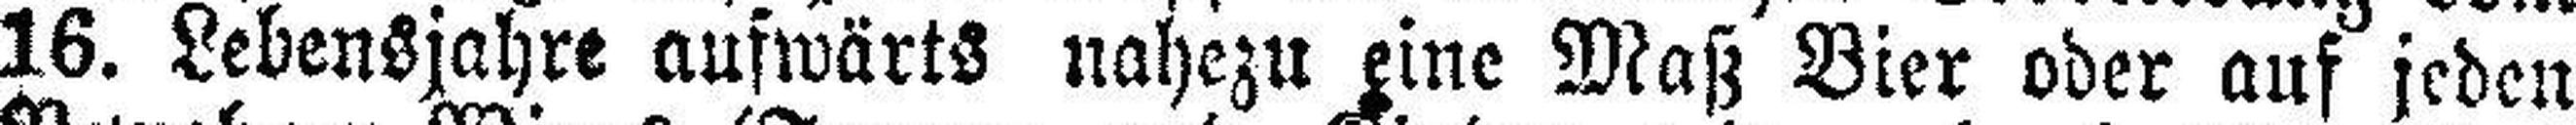
16. Lebensjahre aufwärts nahezu eine Maß Bier oder auf jeden